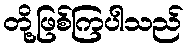
တို့ဖြစ်ကြပါသည်